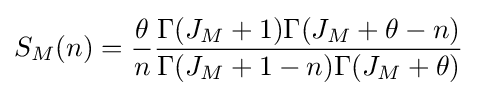
S_{M}(n)={\frac {\theta }{n}}{\frac {\Gamma (J_{M}+1)\Gamma (J_{M}+\theta -n)}{\Gamma (J_{M}+1-n)\Gamma (J_{M}+\theta )}}